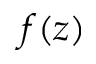
f ( z )